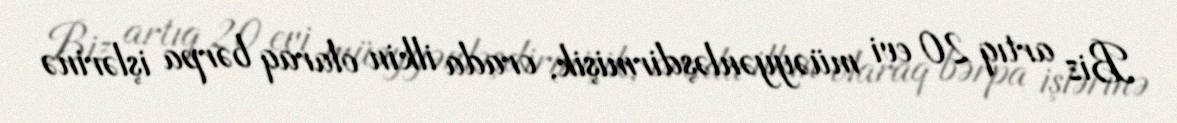
Biz artıq 20 evi müəyyənləşdirmişik, orada ilkin olaraq bərpa işlərinə